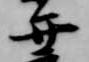
弁